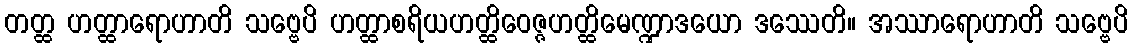
တတ္ထ ဟတ္ထာရောဟာတိ သဗ္ဗေပိ ဟတ္ထာစရိယဟတ္ထိဝေဇ္ဇဟတ္ထိမေဏ္ဍာဒယော ဒဿေတိ။ အဿာရောဟာတိ သဗ္ဗေပိ